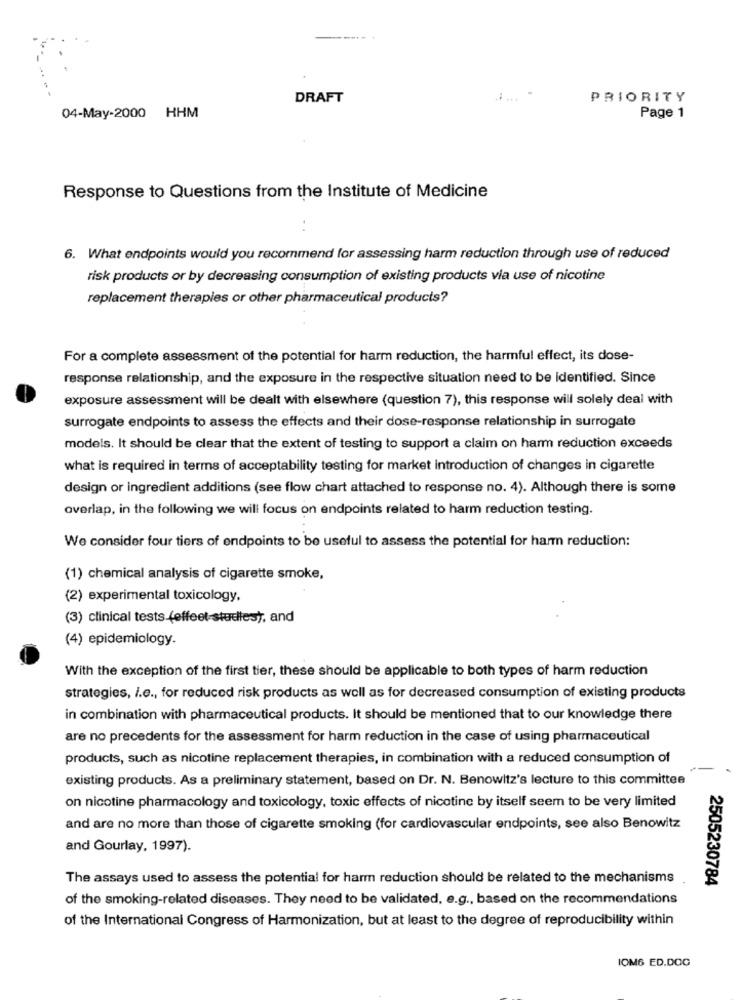
DRAFT
.....
PRIORITY
04-May-2000 HHM
Page 1
Response to Questions from the Institute of Medicine
6. What endpoints would you recommend for assessing harm reduction through use of reduced
risk products or by decreasing consumption of existing products via use of nicotine
replacement therapies or other pharmaceutical products?
For a complete assessment of the potential for harm reduction, the harmful effect, its dose-
response relationship, and the exposure in the respective situation need to be Identified. Since
exposure assessment will be dealt with elsewhere (question 7), this response will solely deal with
surrogate endpoints to assess the effects and their dose-response relationship in surrogate
models. It should be clear that the extent of testing to support a claim on harm reduction exceeds
what is required in terms of acceptability testing for market introduction of changes in cigarette
design or ingredient additions (see flow chart attached to response no. 4). Although there is some
overlap, in the following we will focus on endpoints related to harm reduction testing.
We consider four tiers of endpoints to be useful to assess the potential for harm reduction:
(1) chemical analysis of cigarette smoke,
(2) experimental toxicology,
(3) clinical tests (effeet-studies), and
(4) epidemiology.
With the exception of the first tier, these should be applicable to both types of harm reduction
strategies, i.e ., for reduced risk products as well as for decreased consumption of existing products
in combination with pharmaceutical products. It should be mentioned that to our knowledge there
are no precedents for the assessment for harm reduction in the case of using pharmaceutical
products, such as nicotine replacement therapies, in combination with a reduced consumption of
existing products. As a preliminary statement, based on Dr. N. Benowitz's lecture to this committee
on nicotine pharmacology and toxicology, toxic effects of nicotine by itself seem to be very limited
and are no more than those of cigarette smoking (for cardiovascular endpoints, see also Benowitz
and Gourlay, 1997).
The assays used to assess the potential for harm reduction should be related to the mechanisms
2505230784
of the smoking-related diseases. They need to be validated, e.g ., based on the recommendations
of the International Congress of Harmonization, but at least to the degree of reproducibility within
IOM6 ED.DOC